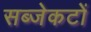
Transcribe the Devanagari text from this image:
सब्जेकटों